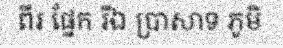
ពីរ ផ្នែក រីឯ ប្រាសាទ ភូមិ